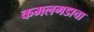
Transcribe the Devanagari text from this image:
कमलगडाचा